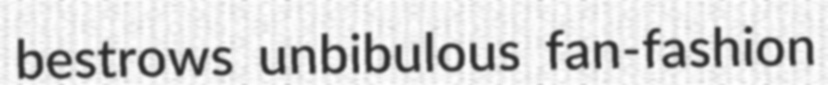
bestrows unbibulous fan-fashion